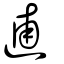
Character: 逋